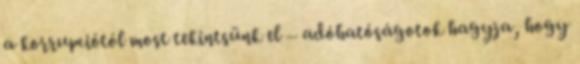
a korrupciótól most tekintsünk el – adóhatóságotok hagyja, hogy